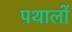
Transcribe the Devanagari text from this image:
पथालों